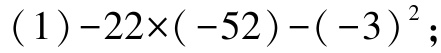
\((1)-22\times(-52)-(-3)^{2}\)